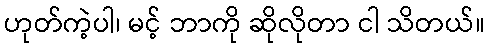
ဟုတ်ကဲ့ပါ၊ မင့် ဘာကို ဆိုလိုတာ ငါ သိတယ်။